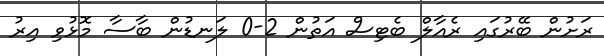
ރަށުން ބޭރުގައި ރެއާލް ބެޓިސް އަތުން 2-0 ލަނޑުން ބާސާ މޮޅުވި އިރު